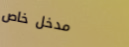
مدخل خاص